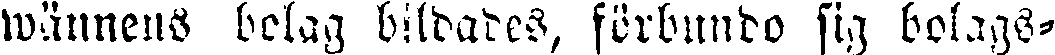
wännens bolag bildades, förbundo sig bolags-